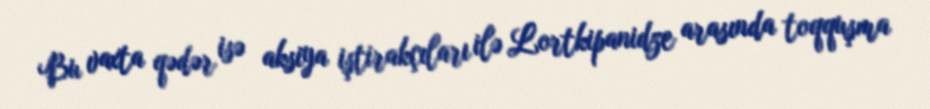
Bu vaxta qədər isə aksiya iştirakçıları ilə Lortkipanidze arasında toqquşma